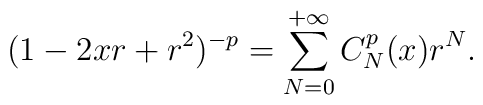
(1-2xr+r^2)^{-p}= \sum_{N=0}^{+\infty} C_{N}^{p}(x) r^N.